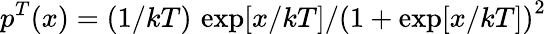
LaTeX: p^{T}(x)=(1/kT)\, \exp[x/kT]/\left(1+\exp[x/kT]\right)^{2}